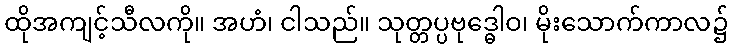
ထိုအကျင့်သီလကို။ အဟံ၊ ငါသည်။ သုတ္တပ္ပဗုဒ္ဓေါဝ၊ မိုးသောက်ကာလ၌